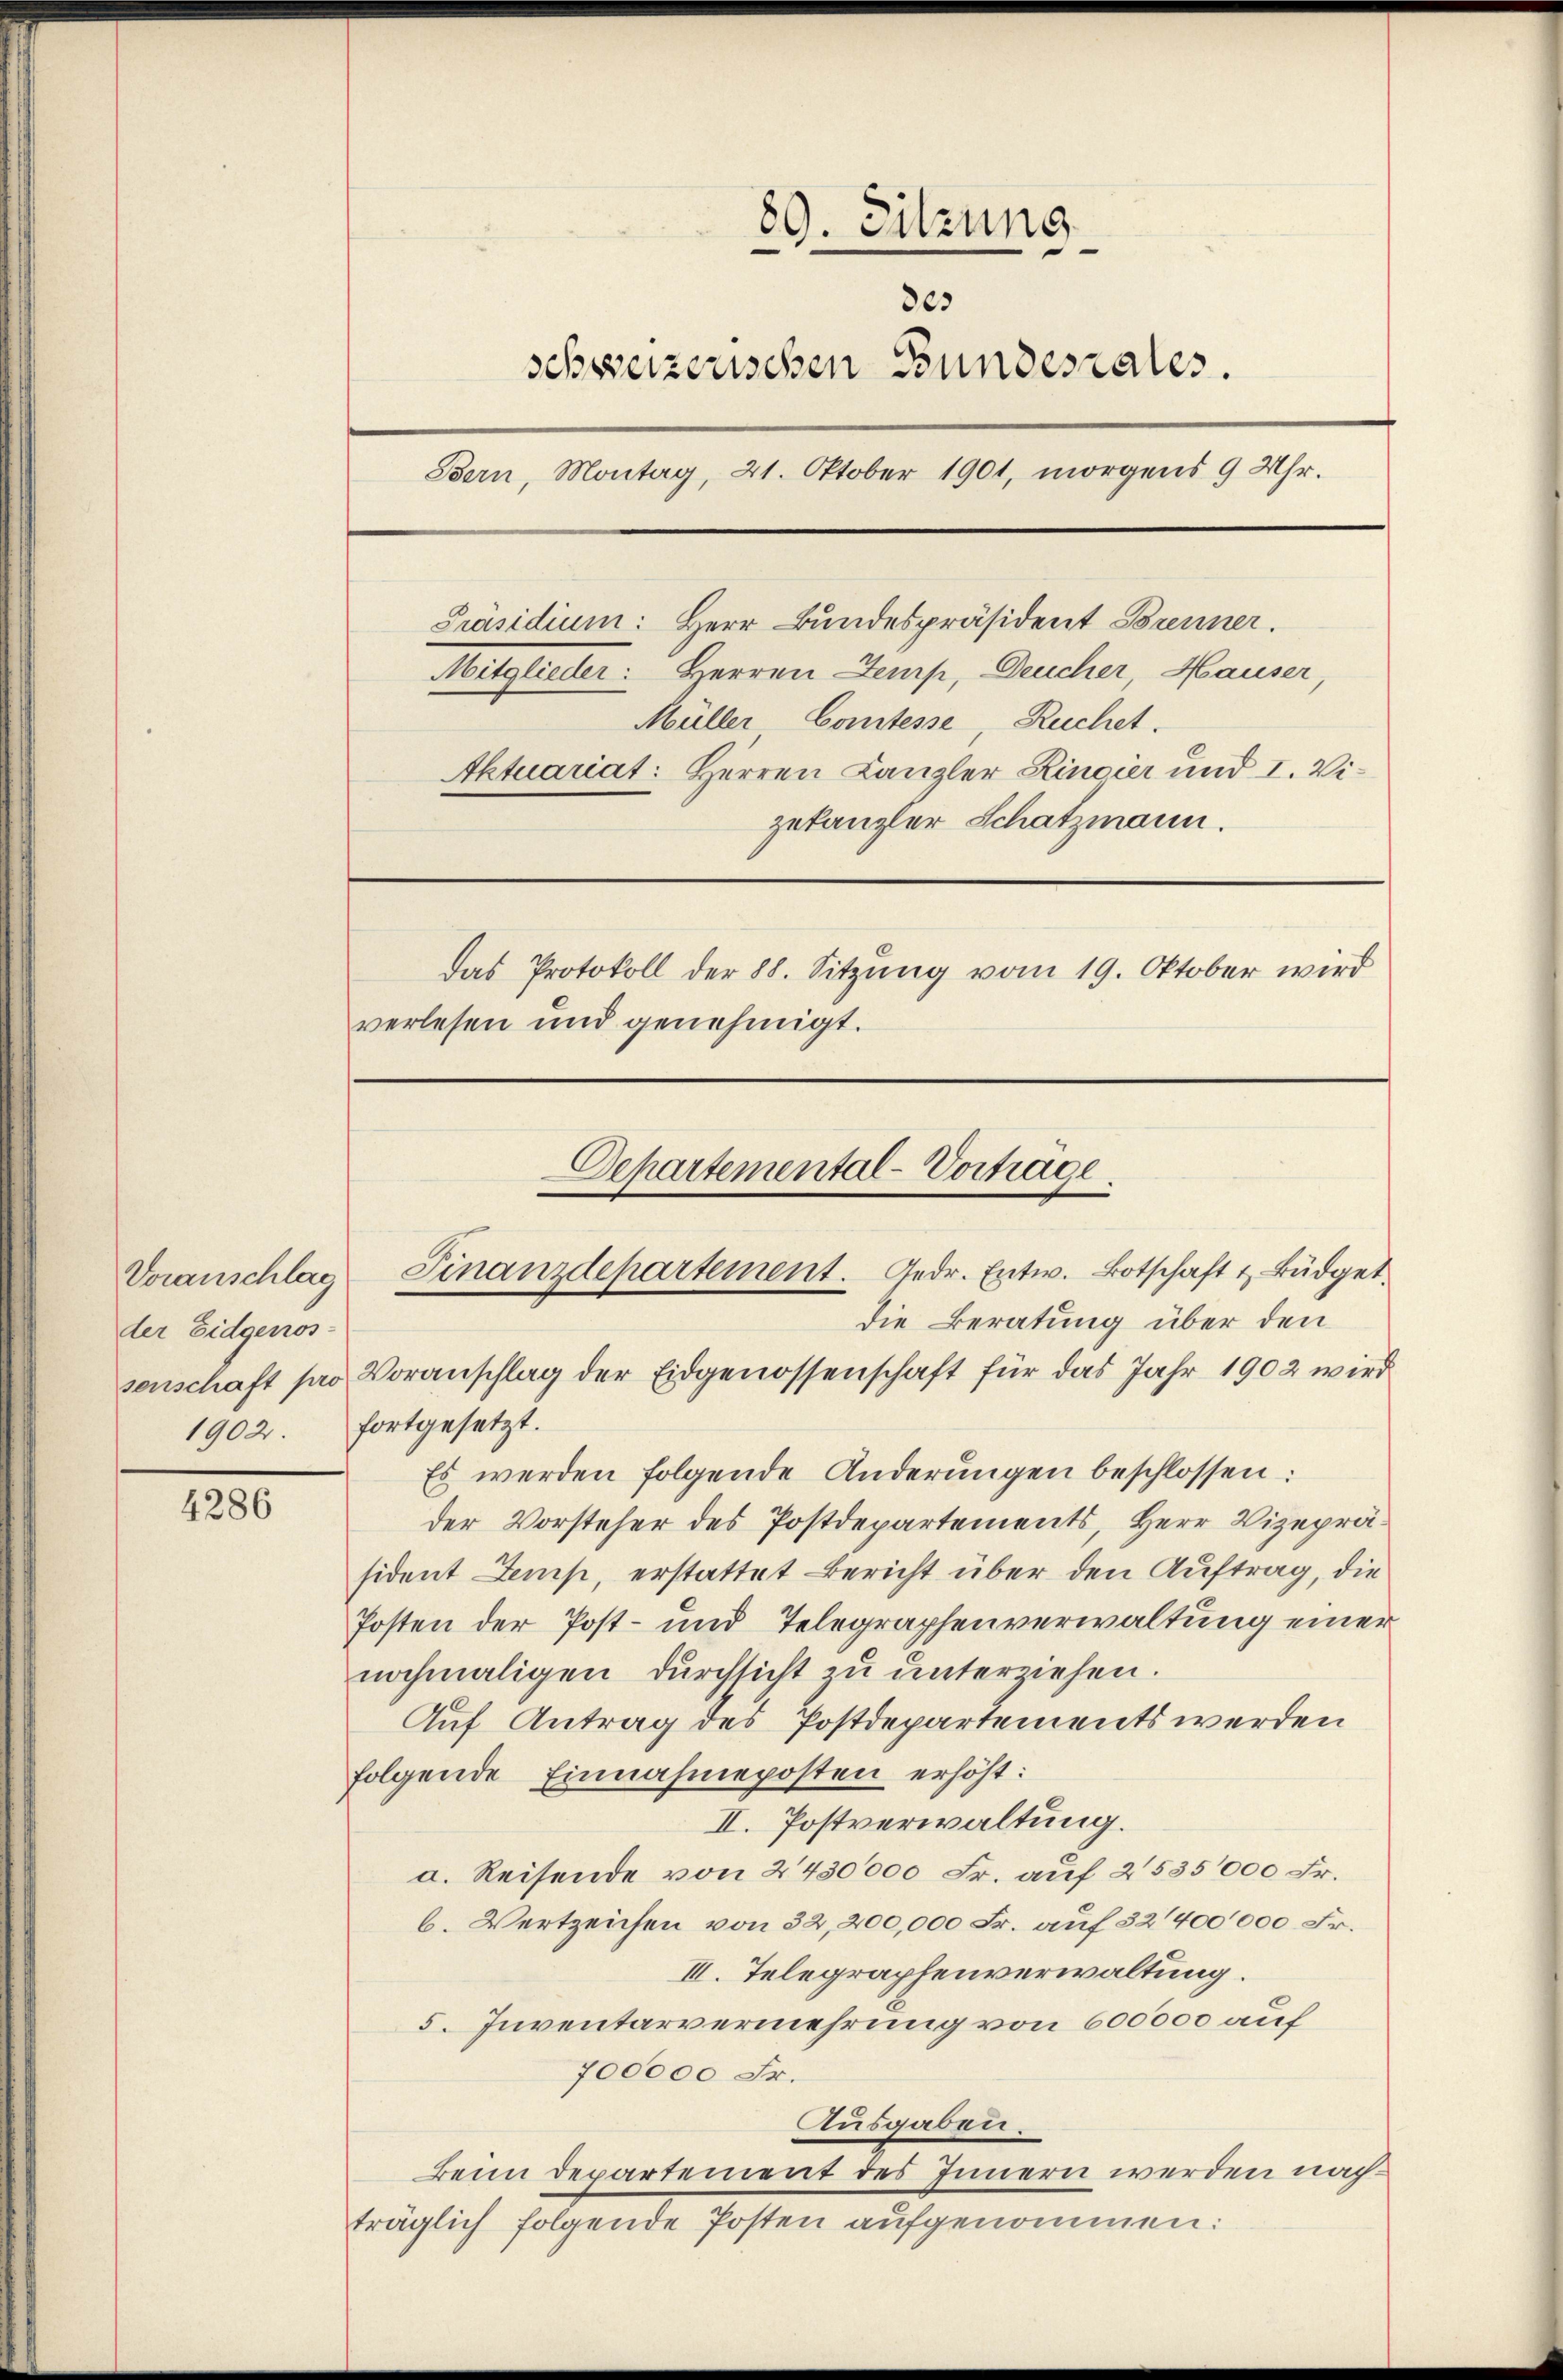
der Eidgenos-

4286

89. Sitzung
des
schweizerischen Bundesrates.
Bern, Montag, 21. Oktober 1901, morgens 9 Uhr.
Präsidium: Herr Bundespräsident Brenner.
Mitglieder: Herren Temp, Deucher, Hauser,
Müller Comtesse, Ruchet.
Aktuariat: Herren Kanzler Ringier und I. Vizukanzler Schatzmann.
Das Protokoll der 88. Sitzung vom 19. Oktober wird
verlesen und genehmigt.

1902 fortgesetzt.
Es werden folgende Änderungen beschlossen:
der Vorsteher des Postdepartements, Herr Vizepräsident Zemp, erstattet Bericht über den Auftrag, die
Posten der Post- und Telegraphenverwaltung einer
nochmaligen durchsicht zu unterziehen.
Auf Antrag des Postdepartements werden
folgende Einnahmeposten erhöht:
II. Postverwaltung.
a. Reisende von 2430000 Fr. auf 2535000 Fr.
6. Wertzeichen von 32,200,000 Fr. auf 32400000. Fr.
III. Telegraphenverwaltung.
5. Inventarvermehrung von 600000 auf
700000 Fr.
Ausgaben.
Beim Departement des Innern werden nachträglich folgende Posten aufgenommen:

Departemental-Vorträge.
Voranschlag Finanzdepartement. Gedr. Entw. Botschaft & Büdget
die Beratung über den
senschaft pro Voranschlag der Eidgenossenschaft für das Jahr 1902 wird